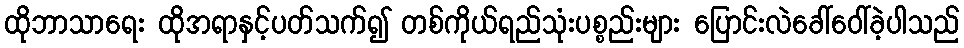
ထိုဘာသာရေး ထိုအရာနှင့်ပတ်သက်၍ တစ်ကိုယ်ရည်သုံးပစ္စည်းများ ပြောင်းလဲခေါ်ဝေါ်ခဲ့ပါသည်